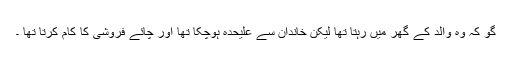
گو کہ وہ والد کے گھر میں رہتا تھا لیکن خاندان سے علیحدہ ہوچکا تھا اور چائے فروشی کا کام کرتا تھا ۔